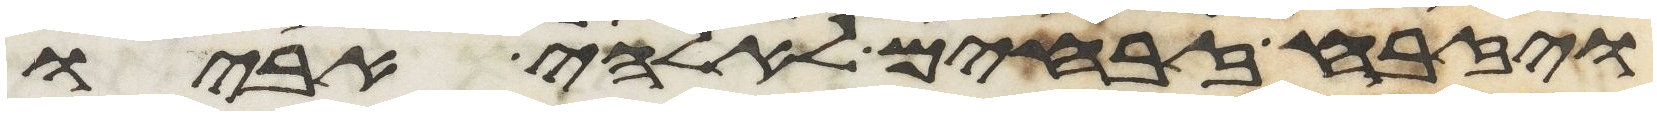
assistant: ויזבח זבחים לאלהי אביו